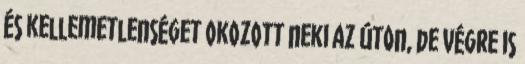
és kellemetlenséget okozott neki az úton, de végre is